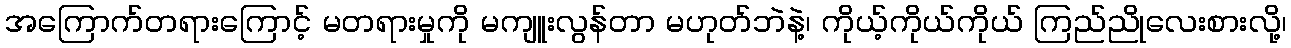
အကြောက်တရားကြောင့် မတရားမှုကို မကျူးလွန်တာ မဟုတ်ဘဲနဲ့၊ ကိုယ့်ကိုယ်ကိုယ် ကြည်ညိုလေးစားလို့၊